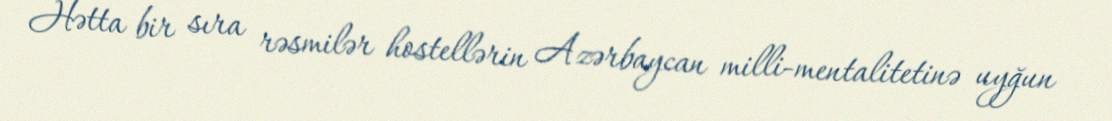
Hətta bir sıra rəsmilər hostellərin Azərbaycan milli-mentalitetinə uyğun